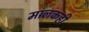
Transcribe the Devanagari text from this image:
मालकही